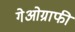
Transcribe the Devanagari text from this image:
गेओग्राफी